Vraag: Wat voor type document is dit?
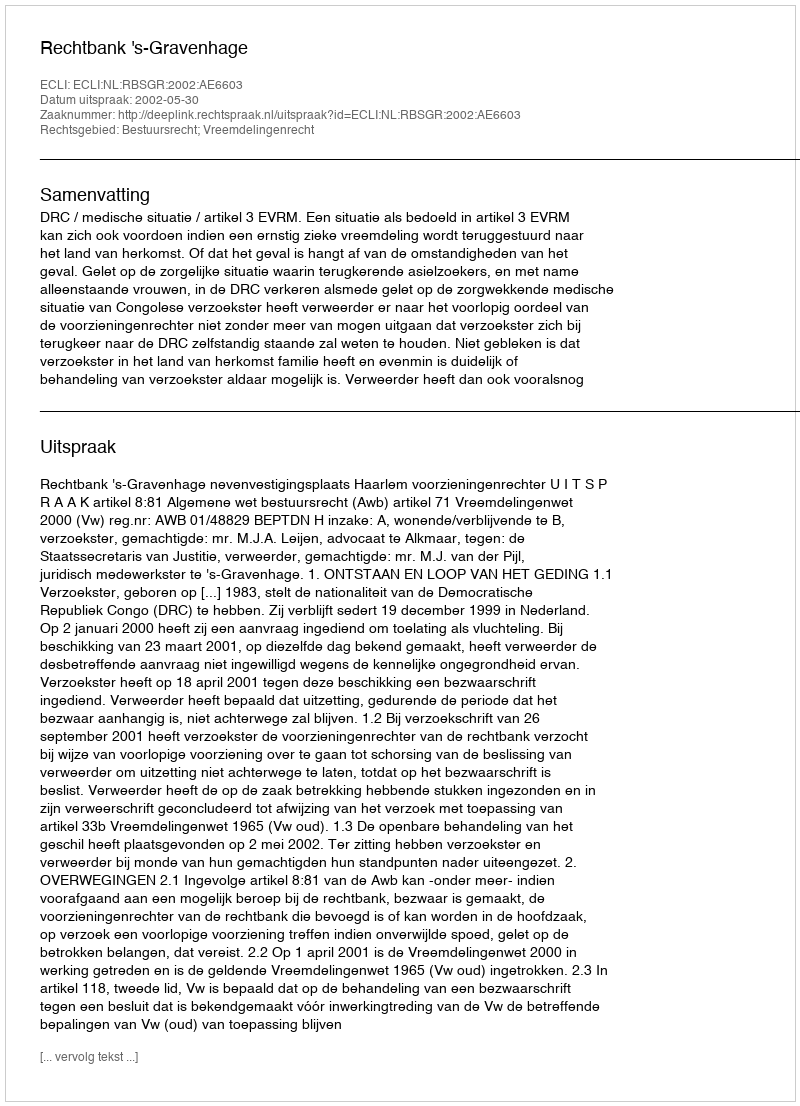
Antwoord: Uitspraak